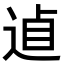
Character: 𨓗